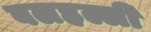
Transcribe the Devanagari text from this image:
बलहल्ली